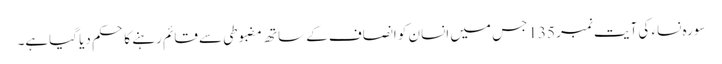
سورہ نساء کی آیت نمبر 135 جس میں انسان کو انصاف کے ساتھ مضبوطی سے قائم رہنے کا حکم دیا گیاہے۔